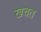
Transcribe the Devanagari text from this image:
खचत